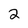
Character: 2